system: You are a helpful assistant.
user:
Analyze the provided spectrum to determine if it is a **"Cataclysmic Variables (CV)"**.

- **Key Indicators for CV (Check for either state):**
    - **State 1: Quiescent / Low-State (Emission-Dominated)**
        - **(Primary):** Strong and *very broad* Hydrogen Balmer emission lines (e.g., $H\alpha$ at 6563 Å, $H\beta$ at 4861 Å). The 'broadness' (high velocity dispersion, often FWHM > 1000 km/s) is the key diagnostic, indicating a high-velocity accretion disk.
        - **(Secondary):** Broad neutral Helium (He I) emission lines (e.g., 5876 Å, 6678 Å).
        - **(Key Confirmation):** Presence of high-excitation *ionized* Helium (He II) emission at 4686 Å. This is a strong indicator of accretion onto a white dwarf.
        - **(Line Profile):** Emission lines may exhibit a 'double-peaked' profile, which is a classic signature of a rotating accretion disk viewed at high inclination.

    - **State 2: Outburst / High-State (Absorption-Dominated)**
        - **(Primary):** Spectrum is dominated by a bright, blue continuum (looks like a hot star).
        - **(Secondary):** The emission lines from State 1 are weak, absent, or 'filled in', and are replaced by broad, shallow *absorption* lines (primarily Balmer and He I).
        - **(Morphology):** The overall spectrum mimics a hot B/A-type star. The crucial difference is that the absorption lines are significantly broader, shallower, and more 'washed-out' (or 'smeared') than the sharp lines of a normal stellar photosphere, due to high rotational speeds and pressure broadening in the disk.

Think first, call **spectral_visualization_tool** if needed to examine features in detail, then provide your final answer. Your response must adhere to the following strict rules:
1.  **Overall Structure:** Your response must follow the format `<think>...</think> <tool_call>...</tool_call> (if a tool is used) <answer>...</answer>`.
2.  **Tool Usage Constraint:** You may only make **one** tool call per turn.
3.  **Final Answer Format:** In the `<answer>` tag, your conclusion must be inside a `\boxed{}` command (e.g., `\boxed{YES}`), followed by your justification.

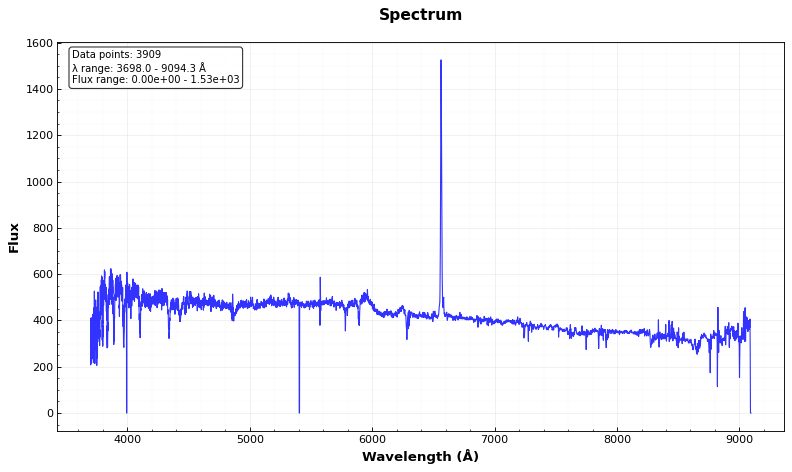
Answer: NO